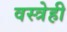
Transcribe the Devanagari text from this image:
वस्त्रेही